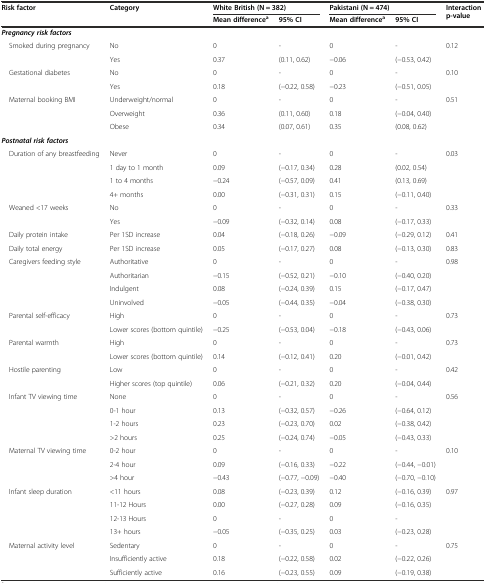
<table><thead><tr><td rowspan="2"><b>Risk factor</b></td><td rowspan="2"><b>Category</b></td><td colspan="2"><b>White British (N = 382)</b></td><td colspan="2"><b>Pakistani (N = 474)</b></td><td rowspan="2"><b>Interaction p-value</b></td></tr><tr><td><b>Mean difference<sup>a</sup></b></td><td><b>95% CI</b></td><td><b>Mean difference<sup>a</sup></b></td><td><b>95% CI</b></td></tr></thead><tbody><tr><td colspan="7"><b><i>Pregnancy risk factors</i></b></td></tr><tr><td rowspan="2"> Smoked during pregnancy</td><td>No</td><td>0</td><td>-</td><td>0</td><td>-</td><td>0.12</td></tr><tr><td>Yes</td><td>0.37</td><td>(0.11, 0.62)</td><td>−0.06</td><td>(−0.53, 0.42)</td><td></td></tr><tr><td rowspan="2"> Gestational diabetes</td><td>No</td><td>0</td><td>-</td><td>0</td><td>-</td><td>0.10</td></tr><tr><td>Yes</td><td>0.18</td><td>(−0.22, 0.58)</td><td>−0.23</td><td>(−0.51, 0.05)</td><td></td></tr><tr><td rowspan="2"> Maternal booking BMI</td><td>Underweight/normal</td><td>0</td><td>-</td><td>0</td><td>-</td><td>0.51</td></tr><tr><td>Overweight</td><td>0.36</td><td>(0.11, 0.60)</td><td>0.18</td><td>(−0.04, 0.40)</td><td></td></tr><tr><td></td><td>Obese</td><td>0.34</td><td>(0.07, 0.61)</td><td>0.35</td><td>(0.08, 0.62)</td><td></td></tr><tr><td colspan="7"><b><i>Postnatal risk factors</i></b></td></tr><tr><td rowspan="4"> Duration of any breastfeeding</td><td>Never</td><td>0</td><td>-</td><td>0</td><td>-</td><td>0.03</td></tr><tr><td>1 day to 1 month</td><td>0.09</td><td>(−0.17, 0.34)</td><td>0.28</td><td>(0.02, 0.54)</td><td></td></tr><tr><td>1 to 4 months</td><td>−0.24</td><td>(−0.57, 0.09)</td><td>0.41</td><td>(0.13, 0.69)</td><td></td></tr><tr><td>4+ months</td><td>0.00</td><td>(−0.31, 0.31)</td><td>0.15</td><td>(−0.11, 0.40)</td><td></td></tr><tr><td rowspan="2"> Weaned &lt;17 weeks</td><td>No</td><td>0</td><td>-</td><td>0</td><td>-</td><td>0.33</td></tr><tr><td>Yes</td><td>−0.09</td><td>(−0.32, 0.14)</td><td>0.08</td><td>(−0.17, 0.33)</td><td></td></tr><tr><td> Daily protein intake</td><td>Per 1SD increase</td><td>0.04</td><td>(−0.18, 0.26)</td><td>−0.09</td><td>(−0.29, 0.12)</td><td>0.41</td></tr><tr><td> Daily total energy</td><td>Per 1SD increase</td><td>0.05</td><td>(−0.17, 0.27)</td><td>0.08</td><td>(−0.13, 0.30)</td><td>0.83</td></tr><tr><td rowspan="4"> Caregivers feeding style</td><td>Authoritative</td><td>0</td><td>-</td><td>0</td><td>-</td><td>0.98</td></tr><tr><td>Authoritarian</td><td>−0.15</td><td>(−0.52, 0.21)</td><td>−0.10</td><td>(−0.40, 0.20)</td><td></td></tr><tr><td>Indulgent</td><td>0.08</td><td>(−0.24, 0.39)</td><td>0.15</td><td>(−0.17, 0.47)</td><td></td></tr><tr><td>Uninvolved</td><td>−0.05</td><td>(−0.44, 0.35)</td><td>−0.04</td><td>(−0.38, 0.30)</td><td></td></tr><tr><td rowspan="2"> Parental self-efficacy</td><td>High</td><td>0</td><td>-</td><td>0</td><td>-</td><td>0.73</td></tr><tr><td>Lower scores (bottom quintile)</td><td>−0.25</td><td>(−0.53, 0.04)</td><td>−0.18</td><td>(−0.43, 0.06)</td><td></td></tr><tr><td rowspan="2"> Parental warmth</td><td>High</td><td>0</td><td>-</td><td>0</td><td>-</td><td>0.73</td></tr><tr><td>Lower scores (bottom quintile)</td><td>0.14</td><td>(−0.12, 0.41)</td><td>0.20</td><td>(−0.01, 0.42)</td><td></td></tr><tr><td rowspan="2"> Hostile parenting</td><td>Low</td><td>0</td><td>-</td><td>0</td><td>-</td><td>0.42</td></tr><tr><td>Higher scores (top quintile)</td><td>0.06</td><td>(−0.21, 0.32)</td><td>0.20</td><td>(−0.04, 0.44)</td><td></td></tr><tr><td rowspan="4"> Infant TV viewing time</td><td>None</td><td>0</td><td>-</td><td>0</td><td>-</td><td>0.56</td></tr><tr><td>0-1 hour</td><td>0.13</td><td>(−0.32, 0.57)</td><td>−0.26</td><td>(−0.64, 0.12)</td><td></td></tr><tr><td>1-2 hours</td><td>0.23</td><td>(−0.23, 0.70)</td><td>0.02</td><td>(−0.38, 0.42)</td><td></td></tr><tr><td>&gt;2 hours</td><td>0.25</td><td>(−0.24, 0.74)</td><td>−0.05</td><td>(−0.43, 0.33)</td><td></td></tr><tr><td rowspan="3"> Maternal TV viewing time</td><td>0-2 hour</td><td>0</td><td>-</td><td>0</td><td>-</td><td>0.10</td></tr><tr><td>2-4 hour</td><td>0.09</td><td>(−0.16, 0.33)</td><td>−0.22</td><td>(−0.44, −0.01)</td><td></td></tr><tr><td>&gt;4 hour</td><td>−0.43</td><td>(−0.77, −0.09)</td><td>−0.40</td><td>(−0.70, −0.10)</td><td></td></tr><tr><td rowspan="4"> Infant sleep duration</td><td>&lt;11 hours</td><td>0.08</td><td>(−0.23, 0.39)</td><td>0.12</td><td>(−0.16, 0.39)</td><td>0.97</td></tr><tr><td>11-12 Hours</td><td>0.00</td><td>(−0.27, 0.28)</td><td>0.09</td><td>(−0.16, 0.35)</td><td></td></tr><tr><td>12-13 Hours</td><td>0</td><td>-</td><td>0</td><td>-</td><td></td></tr><tr><td>13+ hours</td><td>−0.05</td><td>(−0.35, 0.25)</td><td>0.03</td><td>(−0.23, 0.28)</td><td></td></tr><tr><td rowspan="3"> Maternal activity level</td><td>Sedentary</td><td>0</td><td>-</td><td>0</td><td>-</td><td>0.75</td></tr><tr><td>Insufficiently active</td><td>0.18</td><td>(−0.22, 0.58)</td><td>0.02</td><td>(−0.22, 0.26)</td><td></td></tr><tr><td>Sufficiently active</td><td>0.16</td><td>(−0.23, 0.55)</td><td>0.09</td><td>(−0.19, 0.38)</td><td></td></tr></tbody></table>